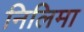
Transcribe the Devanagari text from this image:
निलिमा